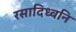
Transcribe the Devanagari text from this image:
रसादिध्वनि